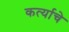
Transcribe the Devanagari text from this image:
कर्त्याचे